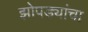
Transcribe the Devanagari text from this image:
झोपड्यांचा